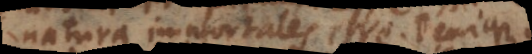
natura immortales esse. Denique